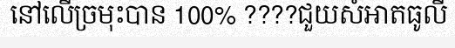
នៅលើច្រមុះបាន 100% ????ជួយសំអាតធូលី